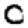
Digit: 0